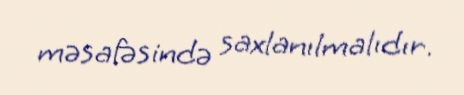
məsafəsində saxlanılmalıdır.